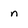
Character: n